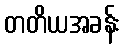
တတိယအခန်း